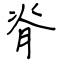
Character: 脊